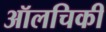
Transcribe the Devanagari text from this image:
ऑलचिकी